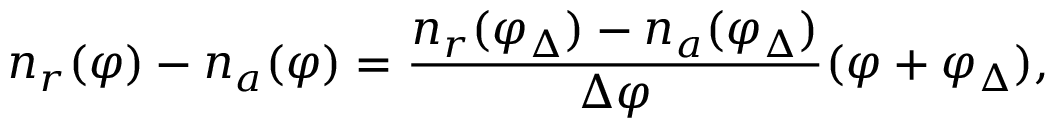
n _ { r } ( \varphi ) - n _ { a } ( \varphi ) = { \frac { n _ { r } ( \varphi _ { \Delta } ) - n _ { a } ( \varphi _ { \Delta } ) } { \Delta \varphi } } ( \varphi + \varphi _ { \Delta } ) ,